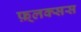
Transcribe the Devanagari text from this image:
फ़्लक्सस